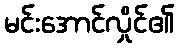
မင်းအောင်လှိုင်၏